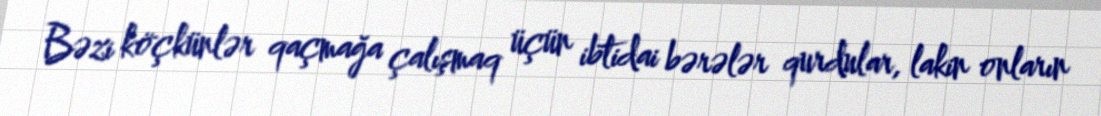
Bəzi köçkünlər qaçmağa çalışmaq üçün ibtidai bərələr qurdular, lakin onların